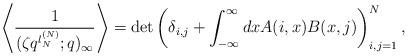
LaTeX: \begin{align*}\left\langle\frac{1}{(\zeta q^{\l^{(N)}_N};q)_{\infty}}\right\rangle=\det\left(\delta_{i,j}+\int_{-\infty}^{\infty}dx A(i,x)B(x,j)\right)_{i,j=1}^N,\end{align*}